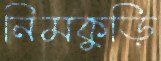
নিমকুড়ি